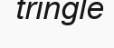
tringle